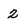
Character: 2